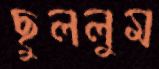
ছুললুম